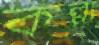
কল্প্য